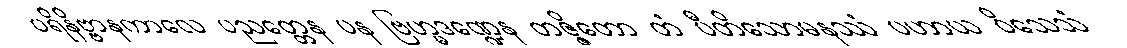
ပရိနိဗ္ဗာနကာလေ ပညတ္တေန ပန ဗြဟ္မဒဏ္ဍေန တဇ္ဇိတော တံ ပီတိသောမနဿံ ပဟာယ ဝိသေသံ